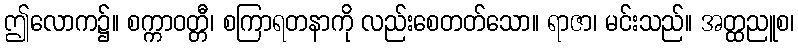
ဤလောက၌။ စက္ကာဝတ္တီ၊ စကြာရတနာကို လည်းစေတတ်သော။ ရာဇာ၊ မင်းသည်။ အတ္ထညူစ၊